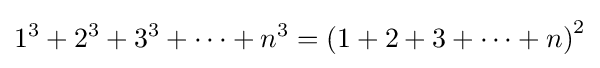
1^{3}+2^{3}+3^{3}+\cdots +n^{3}=\left(1+2+3+\cdots +n\right)^{2}